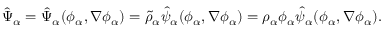
\begin{array} { r } { \hat { \Psi } _ { \alpha } = \hat { \Psi } _ { \alpha } ( \phi _ { \alpha } , \nabla \phi _ { \alpha } ) = \tilde { \rho } _ { \alpha } \hat { \psi } _ { \alpha } ( \phi _ { \alpha } , \nabla \phi _ { \alpha } ) = \rho _ { \alpha } \phi _ { \alpha } \hat { \psi } _ { \alpha } ( \phi _ { \alpha } , \nabla \phi _ { \alpha } ) . } \end{array}